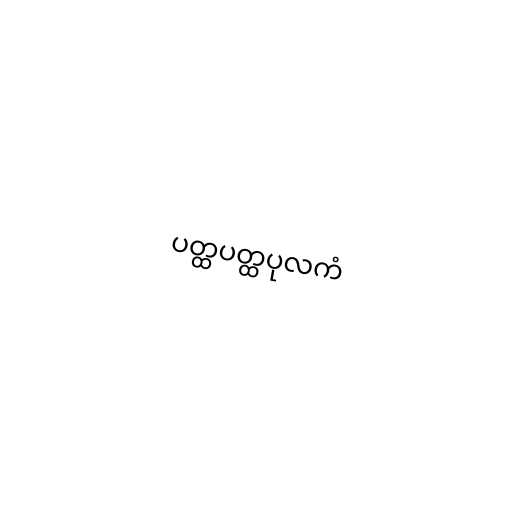
ပတ္ထပတ္ထပုလကံ